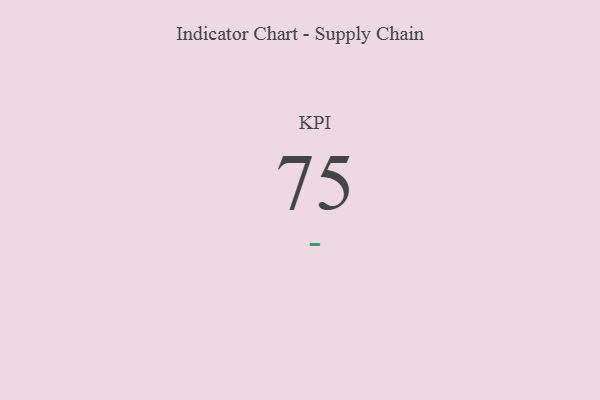
{"axis": {"x": "KPI", "y": "Value"}, "legend": [""], "data": [{"x": "KPI", "y": 75, "type": ""}]}